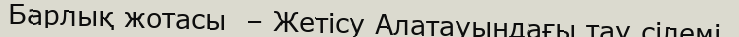
Барлық жотасы  – Жетісу Алатауындағы тау сілемі.